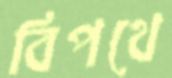
বিপথে